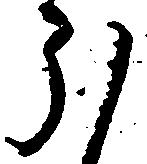
ほ